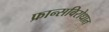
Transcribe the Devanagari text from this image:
फ्रान्सविरोधात